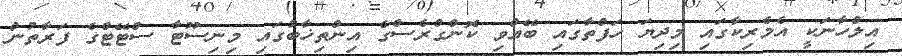
އިލްހާނަކީ އެމެރިކާގައި މިދިޔަ ހަފްތާގައި ބޭއްވި ކޮންގްރެސްގެ އިންތިޚާބުގައި މިނިސޫޓާ ސްޓޭޓްގެ ފަރާތުން